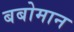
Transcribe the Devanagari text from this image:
बबोमान